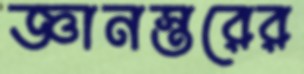
জ্ঞানস্তরের